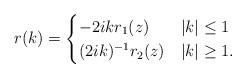
LaTeX: \begin{align*}r(k)=\begin{cases}-2ik r_1(z) & |k| \leq 1 \\(2ik)^{-1} r_2(z) & |k| \geq 1.\end{cases}\end{align*}